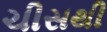
ચીસથી